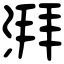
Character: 湃